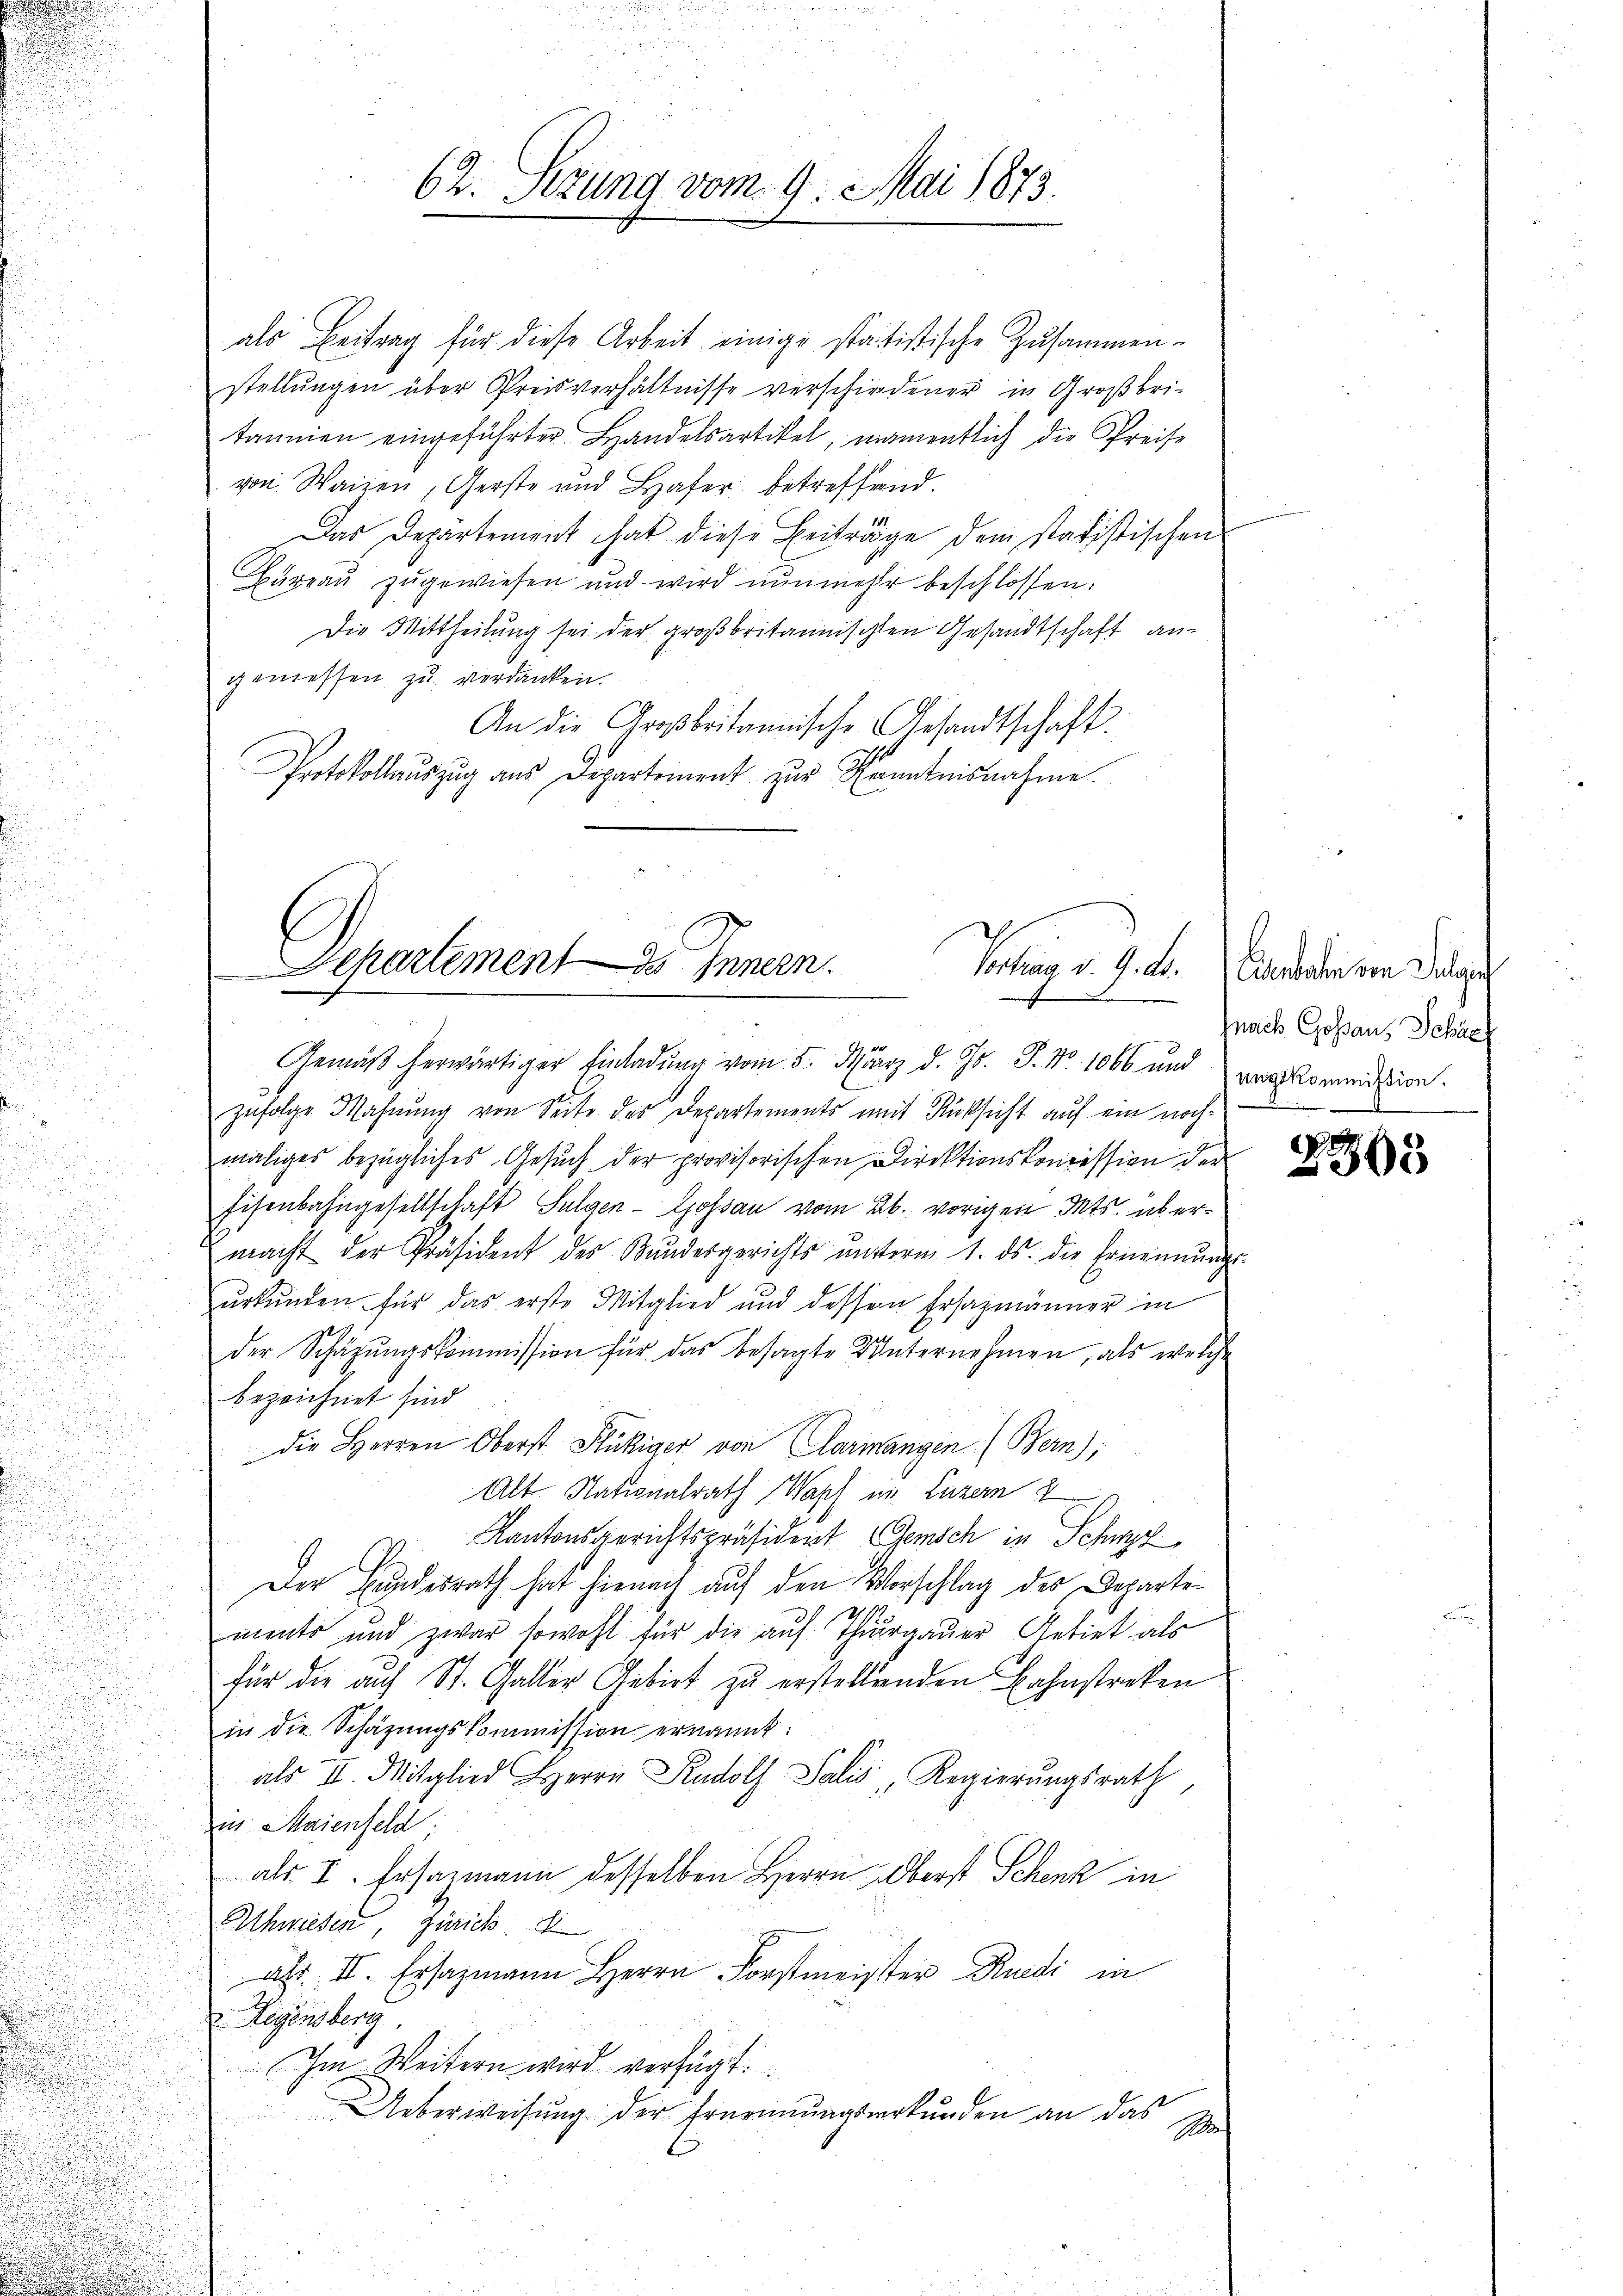
¬
u
n

62. Sitzung vom 9. Mai 1873.

als Beitrag für diese Arbeit einige statistische Zusammen-
stellungen über Preisverhältnisse verschiedener in Großbri-
tannien eingeführter Handelsartikel, namentlich die Preise
von Waizen, Gerste und Hafer betreffend
Das Departement hat diese Beiträge dem statistischen
Bureau zugewiesen und wird nunmehr beschlossen:
Die Mittheilung sei der großbritannischen Gesandtschaft angemessen zu verdanken.
An die Großbritannische Gesandtschaft.
Protokollauszug aus Departement zur Kenntnisnahme.

Departement Innern.
Vortrag d. 9. ds.
e
Gemäß herwärtiger Einladung vom 5. März d. Js. P. Nr. 1066 und vorkommision.

.
.

e
zŭfolge Mahnŭng von Seite des Departements mit Rücksicht aŭf ein noch

maliges bezügliches Gesuch der provisorischen Direktionskonzession der
d
.
Eisenbahngesellschaft Sulgen-Lossau vom 26. vorigen Mts. übermacht der Präsident des Bŭndesgerichts ŭnterm 1. ds. die Ernennungs-
n

urkunden für das erste Mitglied und dessen Ersazmänner in

Sith
der Schäzŭngskommission für das besagte Banternehmen, als welche

d

bezeichnet sind
5
u
e
die Herren Oberst Flückiger von Clarmangen (Bern);

Alt Nationalrath Wahl im Luzern 2
.
Kantonsgerichtspräsident Gensch in Schwyz,
.
Der Bundesrath hat hienach auf den Vorschlag des Departe¬
2/19
ments und zwar sowohl für die auf Thurgauer Gebiet als
für die auf St. Galler Gebiet zu erstellenden Bahnstreken
in die Schätzungskommission ernannt:
als II. Mitglied Herrn Rudoll Salis Regierŭngsrath
in Maienfeld;
als I. Ersazmann desselben Herrn Oberst Schenk in
Schwiesen, Zürich di
ar II. Ersazmann Herrn Forstmeister Rudi in
Regensberg
Im Weitern wird verfügt:
2
Ueberweisung der Frürinungsurkunden an das
Ma

Eisenbahn von Zulein
fnach Goßau, Schach

2305